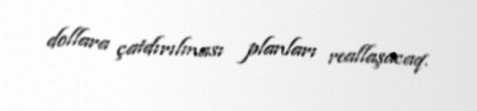
dollara çatdırılması planları reallaşacaq.